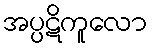
အပ္ပဋိကူလော